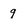
Character: 9